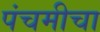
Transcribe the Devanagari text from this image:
पंचमीचा